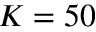
K = 5 0